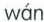
wán